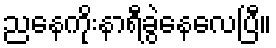
ညနေကိုးနာရီခွဲနေလေပြီ။